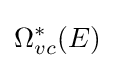
\Omega _{vc}^{*}(E)